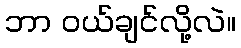
ဘာ ဝယ်ချင်လို့လဲ။